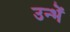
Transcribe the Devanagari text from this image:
उन्भें